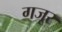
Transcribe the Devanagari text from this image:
गजूर